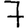
Digit: 7